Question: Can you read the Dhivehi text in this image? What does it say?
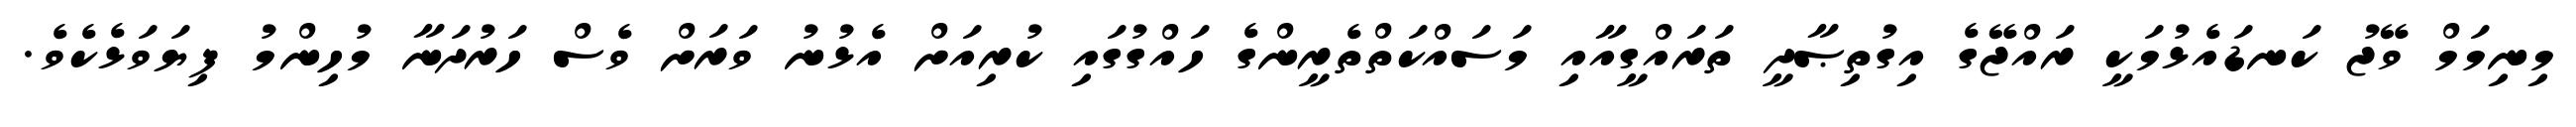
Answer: މިނިމަމް ވޭޖު ކަނޑައެޅުމަކީ ރައްޖޭގެ އިގުތިޞާދީ ތަރައްގީއާއި މަސައްކަތްތެރީންގެ ހައްގުގައި ކުރިއަށް އެޅުނު ވަރަށް ވެސް ހަރުދަނާ މުހިންމު ފިޔަވަޅެކެވެ.